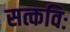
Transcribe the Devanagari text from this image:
सत्कविः